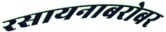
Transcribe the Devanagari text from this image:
रसायनाबरोबर